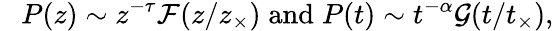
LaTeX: ~~~P(z)\sim z^{-\tau}{\cal F}(z/z_{\times})\; \textrm{and}\; P(t)\sim t^{-\alpha}{\cal G}(t/t_{\times}),